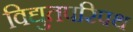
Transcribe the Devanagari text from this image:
विद्युतपरिपथ